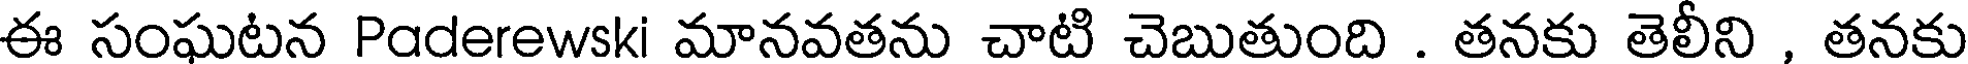
ఈ సంఘటన Paderewski మానవతను చాటి చెబుతుంది . తనకు తెలీని , తనకు